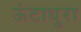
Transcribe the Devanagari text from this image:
ऊंटाधुरा